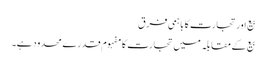
بیع اور تجارت کا باہمی فرق
بیع کے مقابلہ میں تجارت کا مفہوم قدرے محدود ہے۔